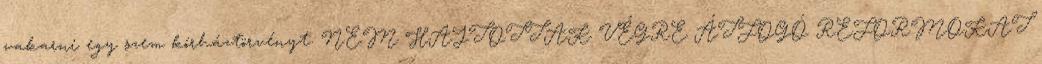
vakarni egy szem kórháztörvényt. NEM HAJTOTTAK VÉGRE ÁTFOGÓ REFORMOKAT